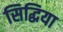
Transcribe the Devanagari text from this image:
सिद्धिया